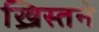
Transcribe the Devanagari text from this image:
ख्रिस्तने